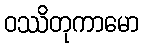
ဝဿိတုကာမော